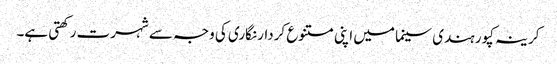
کرینہ کپور ہندی سینما میں اپنی متنوع کردار نگاری کی وجہ سے شہرت رکھتی ہے۔